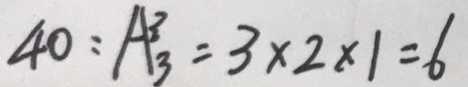
4 0 : A _ { 3 } ^ { 3 } = 3 \times 2 \times 1 = 6